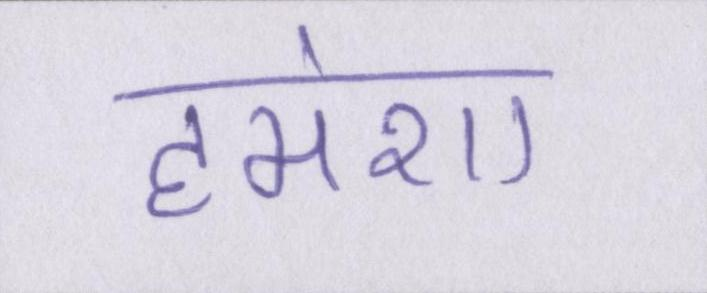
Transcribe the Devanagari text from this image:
हमेशा